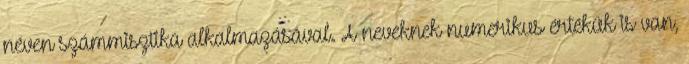
néven számmisztika alkalmazásával. A neveknek numerikus értékük is van,